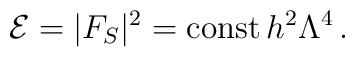
{\cal E} = |F_S|^2 = \mbox{const}\, h^2\Lambda^4\, .